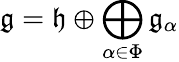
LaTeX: {\mathfrak{g}}={\mathfrak{h}}\oplus\bigoplus_{\alpha\in\Phi}{\mathfrak{g}}_{\alpha}